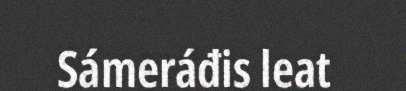
Sámeráđis leat